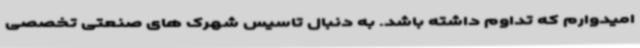
امیدوارم که تداوم داشته باشد. به دنبال تاسیس شهرک های صنعتی تخصصی